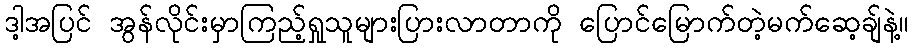
ဒါ့အပြင် အွန်လိုင်းမှာကြည့်ရှုသူများပြားလာတာကို ပြောင်မြောက်တဲ့မက်ဆေ့ချ်နဲ့။